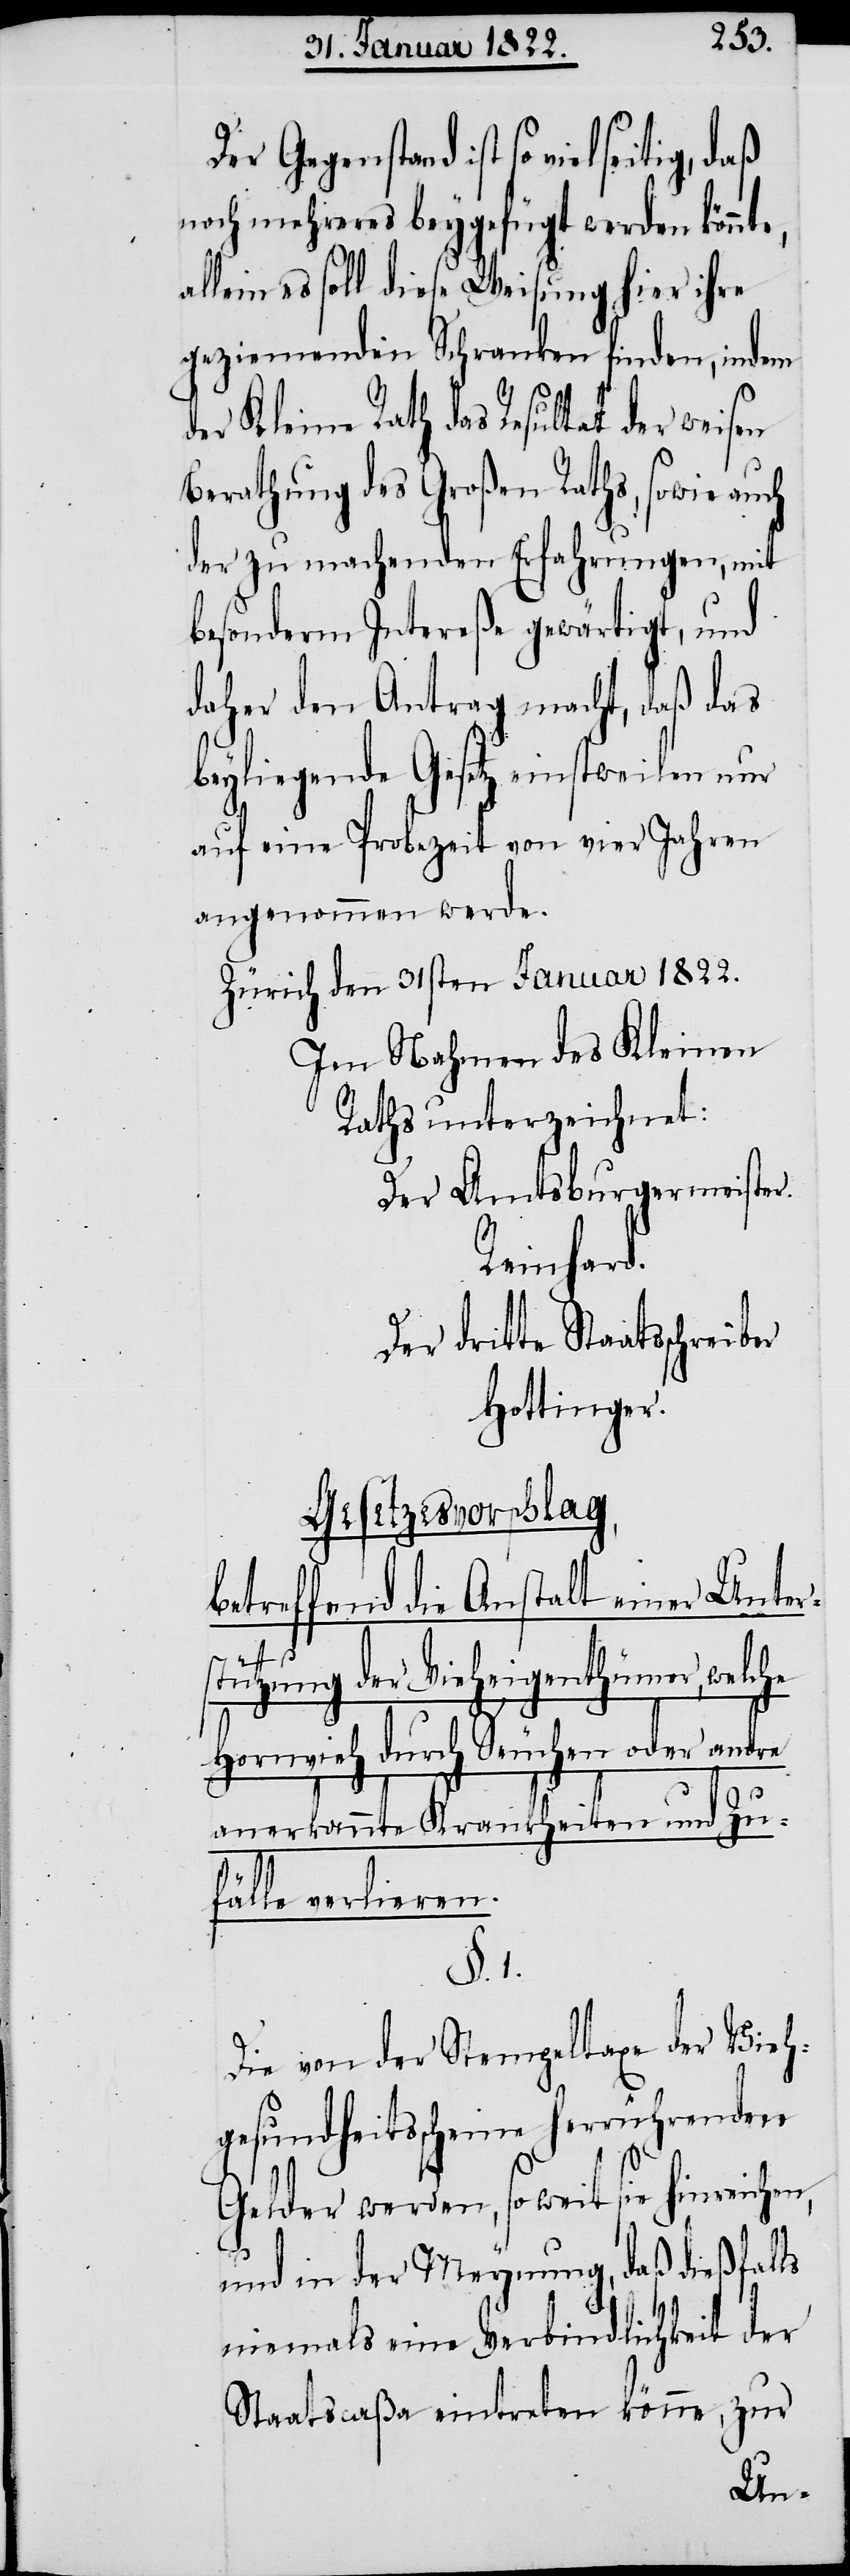
Der Gegenstand ist so vielseitig,
noch mehreres beygefügt werden könnt¬
lein es soll diese Weisung hier ihre
geziemenden Schranken finden, indem
er Kleine Rath das Resultat der weisen
Berathung des Großen Raths, sowie auch
der zu machenden Erfahrungen, mit
besonderm Intereße gewärtigt, und
daher den Antrag macht, daß das
beyliegende Gesetz einstweilen nur
auf eine Probezeit von vier Jahren
angenommen werde.
Zürich den 31sten Januar 1822.
Im Nahmen des Kleinen
Raths unterzeichnet:
Der Amtsbürgermeister
eichen,
Der dritte Staatsschreiber
Hottinger.
etzesvorschlag,
Ges¬
betreffend die Anstalt einer Unter¬
stützung der Vieheigenthümer, welche
Hornvieh durch Seuchen oder a¬
nerkannte Krankheiten und Zu¬
fälle verlieren.
§. 1.
Die von der Stempeltaxe der Vieh¬
gesundheitsscheine herrührenden
Gelder werden, so weit sie hinr¬
und in der Meynung, daß dießfalls
niemals eine Verbindlichkeit der
Staatscaßa eintreten könne, zur